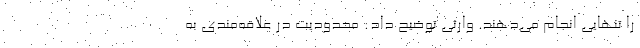
را تنهایی انجام می‌دهند. وارثی توضیح داد: محدودیت در علاقه‌مندی به